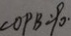
\angle O P B = 9 0 ^ { \circ }